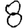
Digit: 8